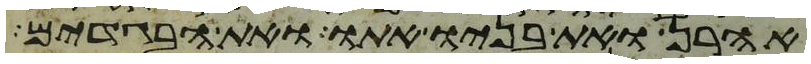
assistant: אהרן ואת בניו אתו ואת הבגדים